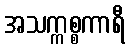
အသက္ကစ္စကာရီ